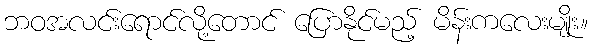
ဘဝအလင်းရောင်လို့တောင် ပြောနိုင်မည့် မိန်းကလေးမျိုး။